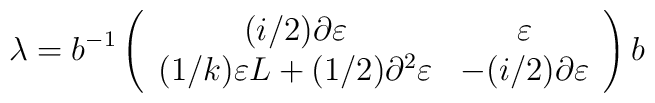
\lambda = b^{-1}\left( \begin{array}{cc}                (i/2) \partial \varepsilon    &  \varepsilon   \\  (1/k)\varepsilon L + (1/2)\partial^2\varepsilon   & -(i/2)                                                    \partial\varepsilon     \end{array} \right)b